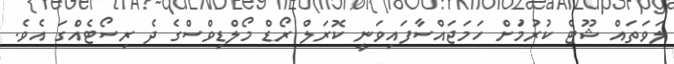
ލަވަތައް ޝޫޓް ކުރުމުަށް ހަމަޖައްސާފައިވަނީ ކޮރަލް ރޯޑް މޯލްޑިވްސްގެ ދެ ރިސޯޓެއްގަ އެވެ.